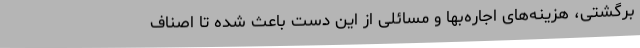
برگشتی، هزینه‌های اجاره‌بها و مسائلی از این دست باعث شده تا اصناف